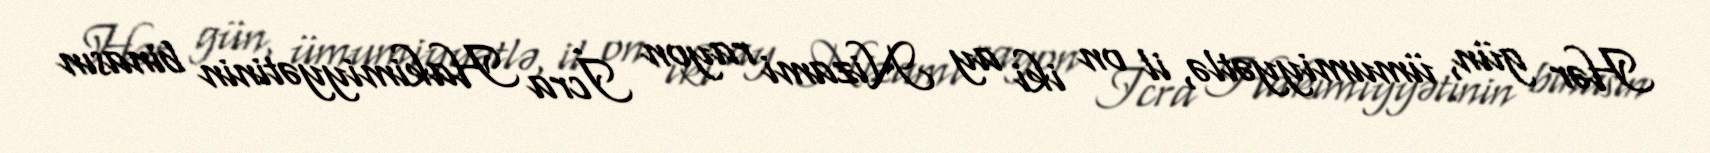
Hər gün, ümumiyyətlə, il on iki ay Nizami rayon İcra Hakimiyyətinin binasın